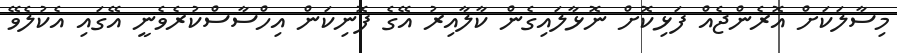
މިސާލަކަށް އޮރެންޖެއް ފަޅިކޮށް ނޮޅާލައިގެން ކާލާއިރު އޭގެ ފޮނިކަން އިހްސާސްކުރެވެނީ އޭގައި އެކުލެވޭ